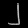
Digit: ၂